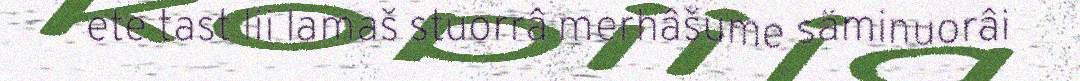
ete tast lii lamaš stuorrâ merhâšume säminuorâi